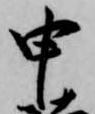
申